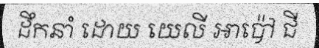
ដឹកនាំ ដោយ យេលី អាប៉ៅ ជី